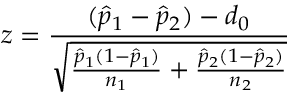
z = { \frac { ( { \hat { p } } _ { 1 } - { \hat { p } } _ { 2 } ) - d _ { 0 } } { \sqrt { { \frac { { \hat { p } } _ { 1 } ( 1 - { \hat { p } } _ { 1 } ) } { n _ { 1 } } } + { \frac { { \hat { p } } _ { 2 } ( 1 - { \hat { p } } _ { 2 } ) } { n _ { 2 } } } } } }